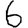
Digit: 6